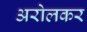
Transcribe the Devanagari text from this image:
अरोलकर